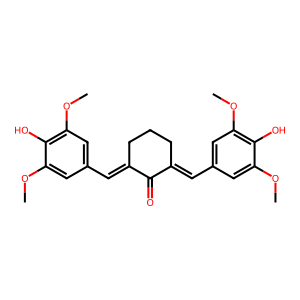
SMILES: COc1cc(C=C2CCCC(=Cc3cc(OC)c(O)c(OC)c3)C2=O)cc(OC)c1O
Inhibits HIV replication: No